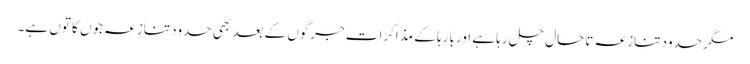
مگر حدود تنازعہ تاحال چل رہا ہے اور بارہا کے مذاکرات جرگوں کے بعد بھی حدود تنازعہ جوں کا توں ہے۔